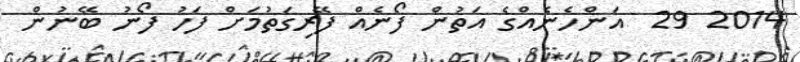
2014 29  އަންހެނެއްގެ އަތުން ފޯނެއް ފޭރިގަތުމަށް ފަހު ފޯނު ބޭނުން